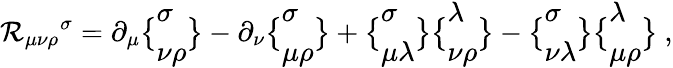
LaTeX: \mathcal{R}_{\mu\nu\rho}{}^{\sigma}=\partial_{\mu}\bigl\{ \begin{array}{l}{{\sigma}}\\ {{\nu\rho}}\end{array}\bigr\} -\partial_{\nu}\bigl\{ \begin{array}{l}{{\sigma}}\\ {{\mu\rho}}\end{array}\bigr\} +\bigl\{ \begin{array}{l}{{\sigma}}\\ {{\mu\lambda}}\end{array}\bigr\} \bigl\{ \begin{array}{l}{{\lambda}}\\ {{\nu\rho}}\end{array}\bigr\} -\bigl\{ \begin{array}{l}{{\sigma}}\\ {{\nu\lambda}}\end{array}\bigr\} \bigl\{ \begin{array}{l}{{\lambda}}\\ {{\mu\rho}}\end{array}\bigr\} \ ,